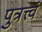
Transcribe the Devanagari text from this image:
पुत्रत्त्वं